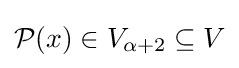
{\mathcal {P}}(x)\in V_{\alpha +2}\subseteq V